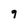
Character: g